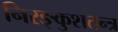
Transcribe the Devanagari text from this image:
निरङ्कुशतन्त्र